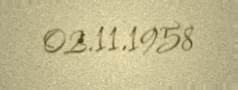
02.11.1958